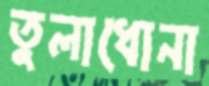
তুলাধোনা